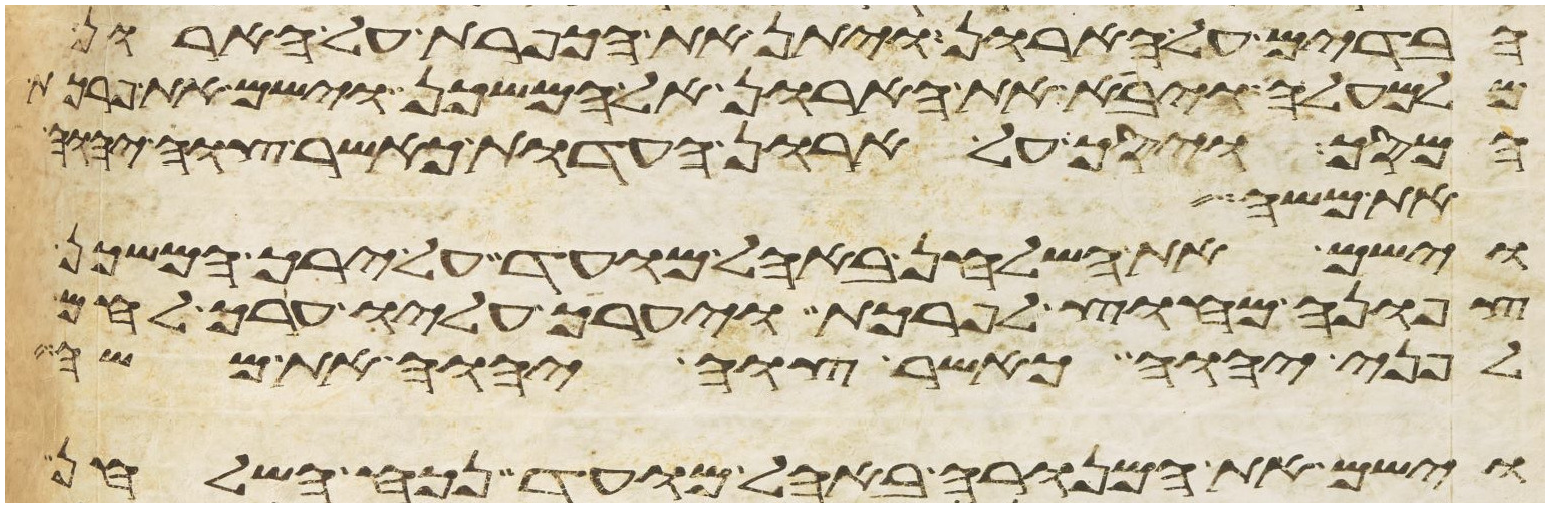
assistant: הבדים על הארון ויתן את הכפרת על הארון
מלמעלה ויבא את הארון אל המשכן וישם את פרכת
המסך ויסך על ארון העדות כאשר צוה יהוה
את משה
וישם את השלחן באהל מועד על ירך המשכן
צפונה מחוץ לפרכת ויערך עליו ערך לחם
לפני יהוה כאשר צוה יהוה את משה
וישם את המנורה באהל מועד נכח השלחן